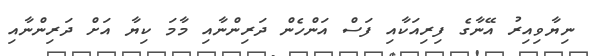
ނިޔާވިއިރު އޭނާގެ ފިރިއަކާއި ފަސް އަންހެން ދަރިންނާއި މާމަ ކިޔާ އަށް ދަރިންނާއި